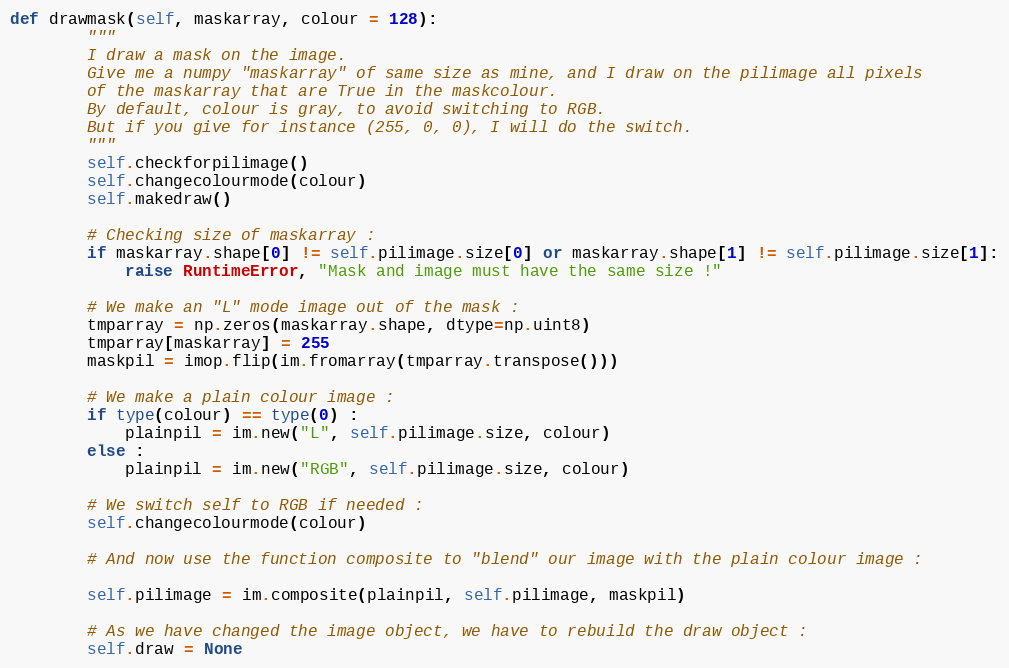
Language: Python
def drawmask(self, maskarray, colour = 128):
        """
        I draw a mask on the image.
        Give me a numpy "maskarray" of same size as mine, and I draw on the pilimage all pixels
        of the maskarray that are True in the maskcolour.
        By default, colour is gray, to avoid switching to RGB.
        But if you give for instance (255, 0, 0), I will do the switch.
        """
        self.checkforpilimage()
        self.changecolourmode(colour)
        self.makedraw()

        # Checking size of maskarray :
        if maskarray.shape[0] != self.pilimage.size[0] or maskarray.shape[1] != self.pilimage.size[1]:
            raise RuntimeError, "Mask and image must have the same size !"

        # We make an "L" mode image out of the mask :
        tmparray = np.zeros(maskarray.shape, dtype=np.uint8)
        tmparray[maskarray] = 255
        maskpil = imop.flip(im.fromarray(tmparray.transpose()))

        # We make a plain colour image :
        if type(colour) == type(0) :
            plainpil = im.new("L", self.pilimage.size, colour)
        else :
            plainpil = im.new("RGB", self.pilimage.size, colour)

        # We switch self to RGB if needed :
        self.changecolourmode(colour)

        # And now use the function composite to "blend" our image with the plain colour image :

        self.pilimage = im.composite(plainpil, self.pilimage, maskpil)

        # As we have changed the image object, we have to rebuild the draw object :
        self.draw = None